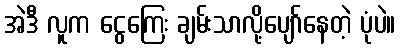
အဲဒီ လူက ငွေကြေး ချမ်းသာလို့ပျော်နေတဲ့ ပုံပဲ။